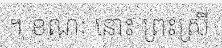
។ ខណៈ នោះ ព្រះស្រី